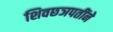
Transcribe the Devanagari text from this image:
शिवछञपतींने